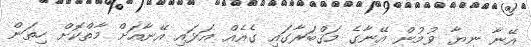
އޭނާ ނިޔާ ވުމުން އޭނާގެ މަޤްބަރާގައި ގެއެއް އަޅައި އޭނާއަށް މާތްކޮށް ހިތަން